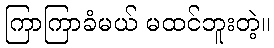
ကြာကြာခံမယ် မထင်ဘူးတဲ့။